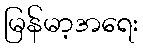
မြန်မာ့အရေး